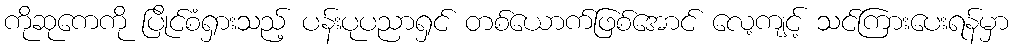
ကိုဆုကေကို ပြိုင်စံရှားသည့် ပန်းပုပညာရှင် တစ်ယောက်ဖြစ်အောင် လေ့ကျင့် သင်ကြားပေးရန်မှာ